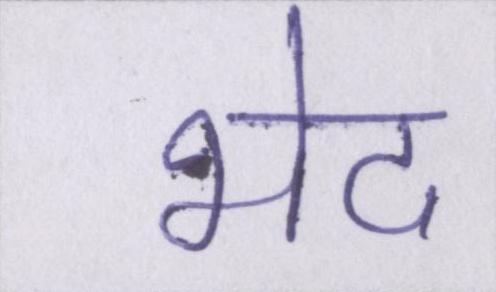
भेद